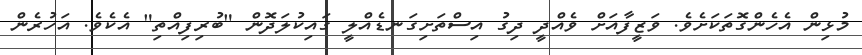
މުޅިން އެހެންގޮތަކަށެވެ. ވަޒީފާއަށް ވެއްދީ ދިގު އިސްތަށިގަނޑެއްލީ ގައިކުލަދޮން "ބުރިފިއްތި" އެކެވެ. އަހުރެން